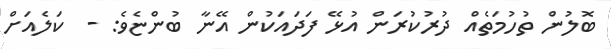
ބޮލުން ތުހުމަތެއް ދުރުކުރަން އުޅޭ ފަދައަކުން އޭނާ ބުންޏެވެ: -  ކަލެއަށް